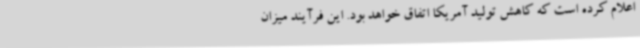
اعلام کرده است که کاهش تولید آمریکا اتفاق خواهد بود. این فرآیند میزان